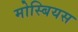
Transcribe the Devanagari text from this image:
मोस्बियस